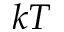
k T